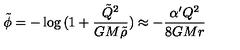
\tilde { \phi } = - \log { ( 1 + \frac { \tilde { Q } ^ { 2 } } { G M \tilde { \rho } } ) } \approx - \frac { \alpha ^ { \prime } Q ^ { 2 } } { 8 G M r }